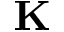
{ \bf K }